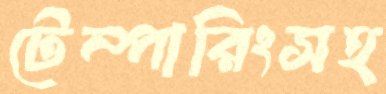
টেম্পারিংসহ